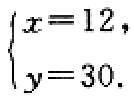
\(\begin{cases}

x = 12, \\

y = 30.

\end{cases}\)